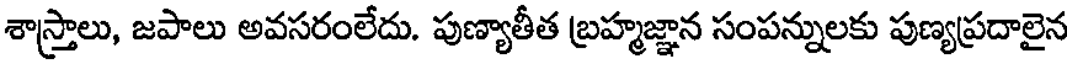
శాస్త్రాలు, జపాలు అవసరంలేదు. పుణ్యాతీత బ్రహ్మజ్ఞాన సంపన్నులకు పుణ్యప్రదాలైన